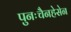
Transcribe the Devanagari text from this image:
पुनःचैनहेसेन